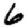
Digit: 6